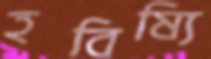
হবিষ্যি